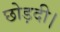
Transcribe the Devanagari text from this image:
छोड़दी।